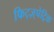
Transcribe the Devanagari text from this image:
फिट्ज़्पेट्रिक